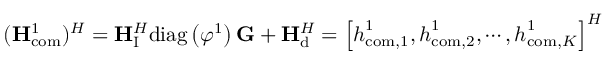
( { { \bf { H } } _ { \mathrm { { c o m } } } ^ { 1 } } ) ^ { H } = { \bf { H } } _ { \mathrm { I } } ^ { H } { \mathrm { d i a g } } \left( { \boldsymbol { \varphi } } ^ { 1 } \right) { \bf { G } } + { \bf { H } } _ { \mathrm { d } } ^ { H } = \left[ { { \boldsymbol { h } } _ { { \mathrm { c o m } } , 1 } ^ { 1 } } , { { \boldsymbol { h } } _ { { \mathrm { c o m } } , 2 } ^ { 1 } } , \cdots , { { \boldsymbol { h } } _ { \mathrm { { c o m } } , K } ^ { 1 } } \right] ^ { H }